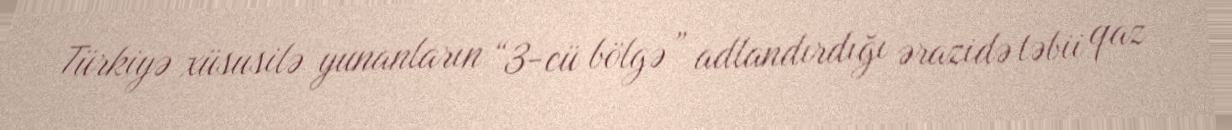
Türkiyə xüsusilə yunanların “3-cü bölgə” adlandırdığı ərazidə təbii qaz